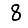
Digit: 8